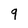
Character: 9